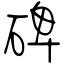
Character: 碑